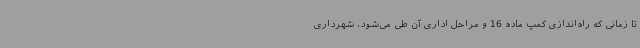
تا زمانی که راه‌اندازی کمپ ماده 16 و مراحل اداری آن طی می‌شود، شهرداری